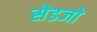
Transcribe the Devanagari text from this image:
सेडजो